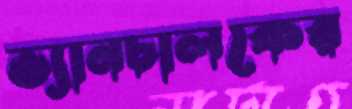
ভ্যানচালকের